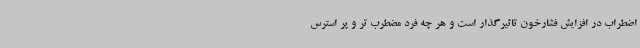
اضطراب در افزایش فشارخون تاثیرگذار است و هر چه فرد مضطرب تر و پر استرس